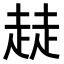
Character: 𧼂